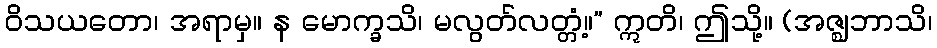
ဝိသယတော၊ အရာမှ။ န မောက္ခသိ၊ မလွတ်လတ္တံ့။” ဣတိ၊ ဤသို့။ (အဇ္ဈဘာသိ၊